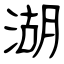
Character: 湖